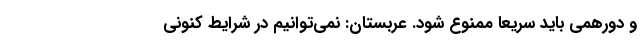
و دورهمی باید سریعا ممنوع شود. عربستان: نمی‌توانیم در شرایط کنونی